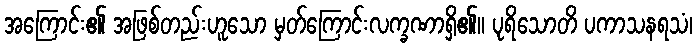
အကြောင်း၏ အဖြစ်တည်းဟူသော မှတ်ကြောင်းလက္ခဏာရှိ၏။ ပုရိသောတိ ပကာသနရသံ၊